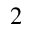
^ 2